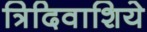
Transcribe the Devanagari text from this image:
त्रिदिवाशिये